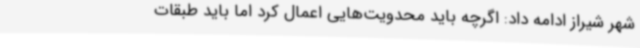
شهر شیراز ادامه داد: اگرچه باید محدویت‌هایی اعمال کرد اما باید طبقات